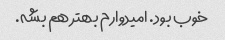
خوب بود. امیدوارم بهتر هم بشه.